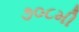
૭૦૮મી